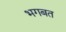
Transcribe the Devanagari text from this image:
भगबत